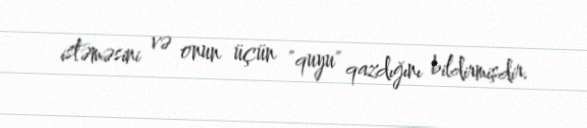
istəməsini və onun üçün "quyu" qazdığını bildirmişdir.